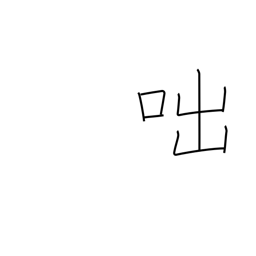
Meaning: cry out (in anger)